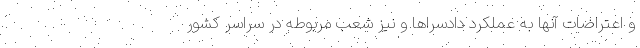
و اعتراضات آنها به عملکرد دادسراها و نیز شعب مربوطه در سراسر کشور